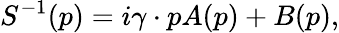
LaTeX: S^{-1}(p)=i\gamma\cdot pA(p)+B(p),